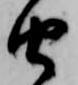
由